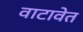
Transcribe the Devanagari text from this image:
वाटावेत